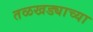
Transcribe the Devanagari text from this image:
तळखड्याच्या